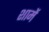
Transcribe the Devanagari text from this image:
शामें